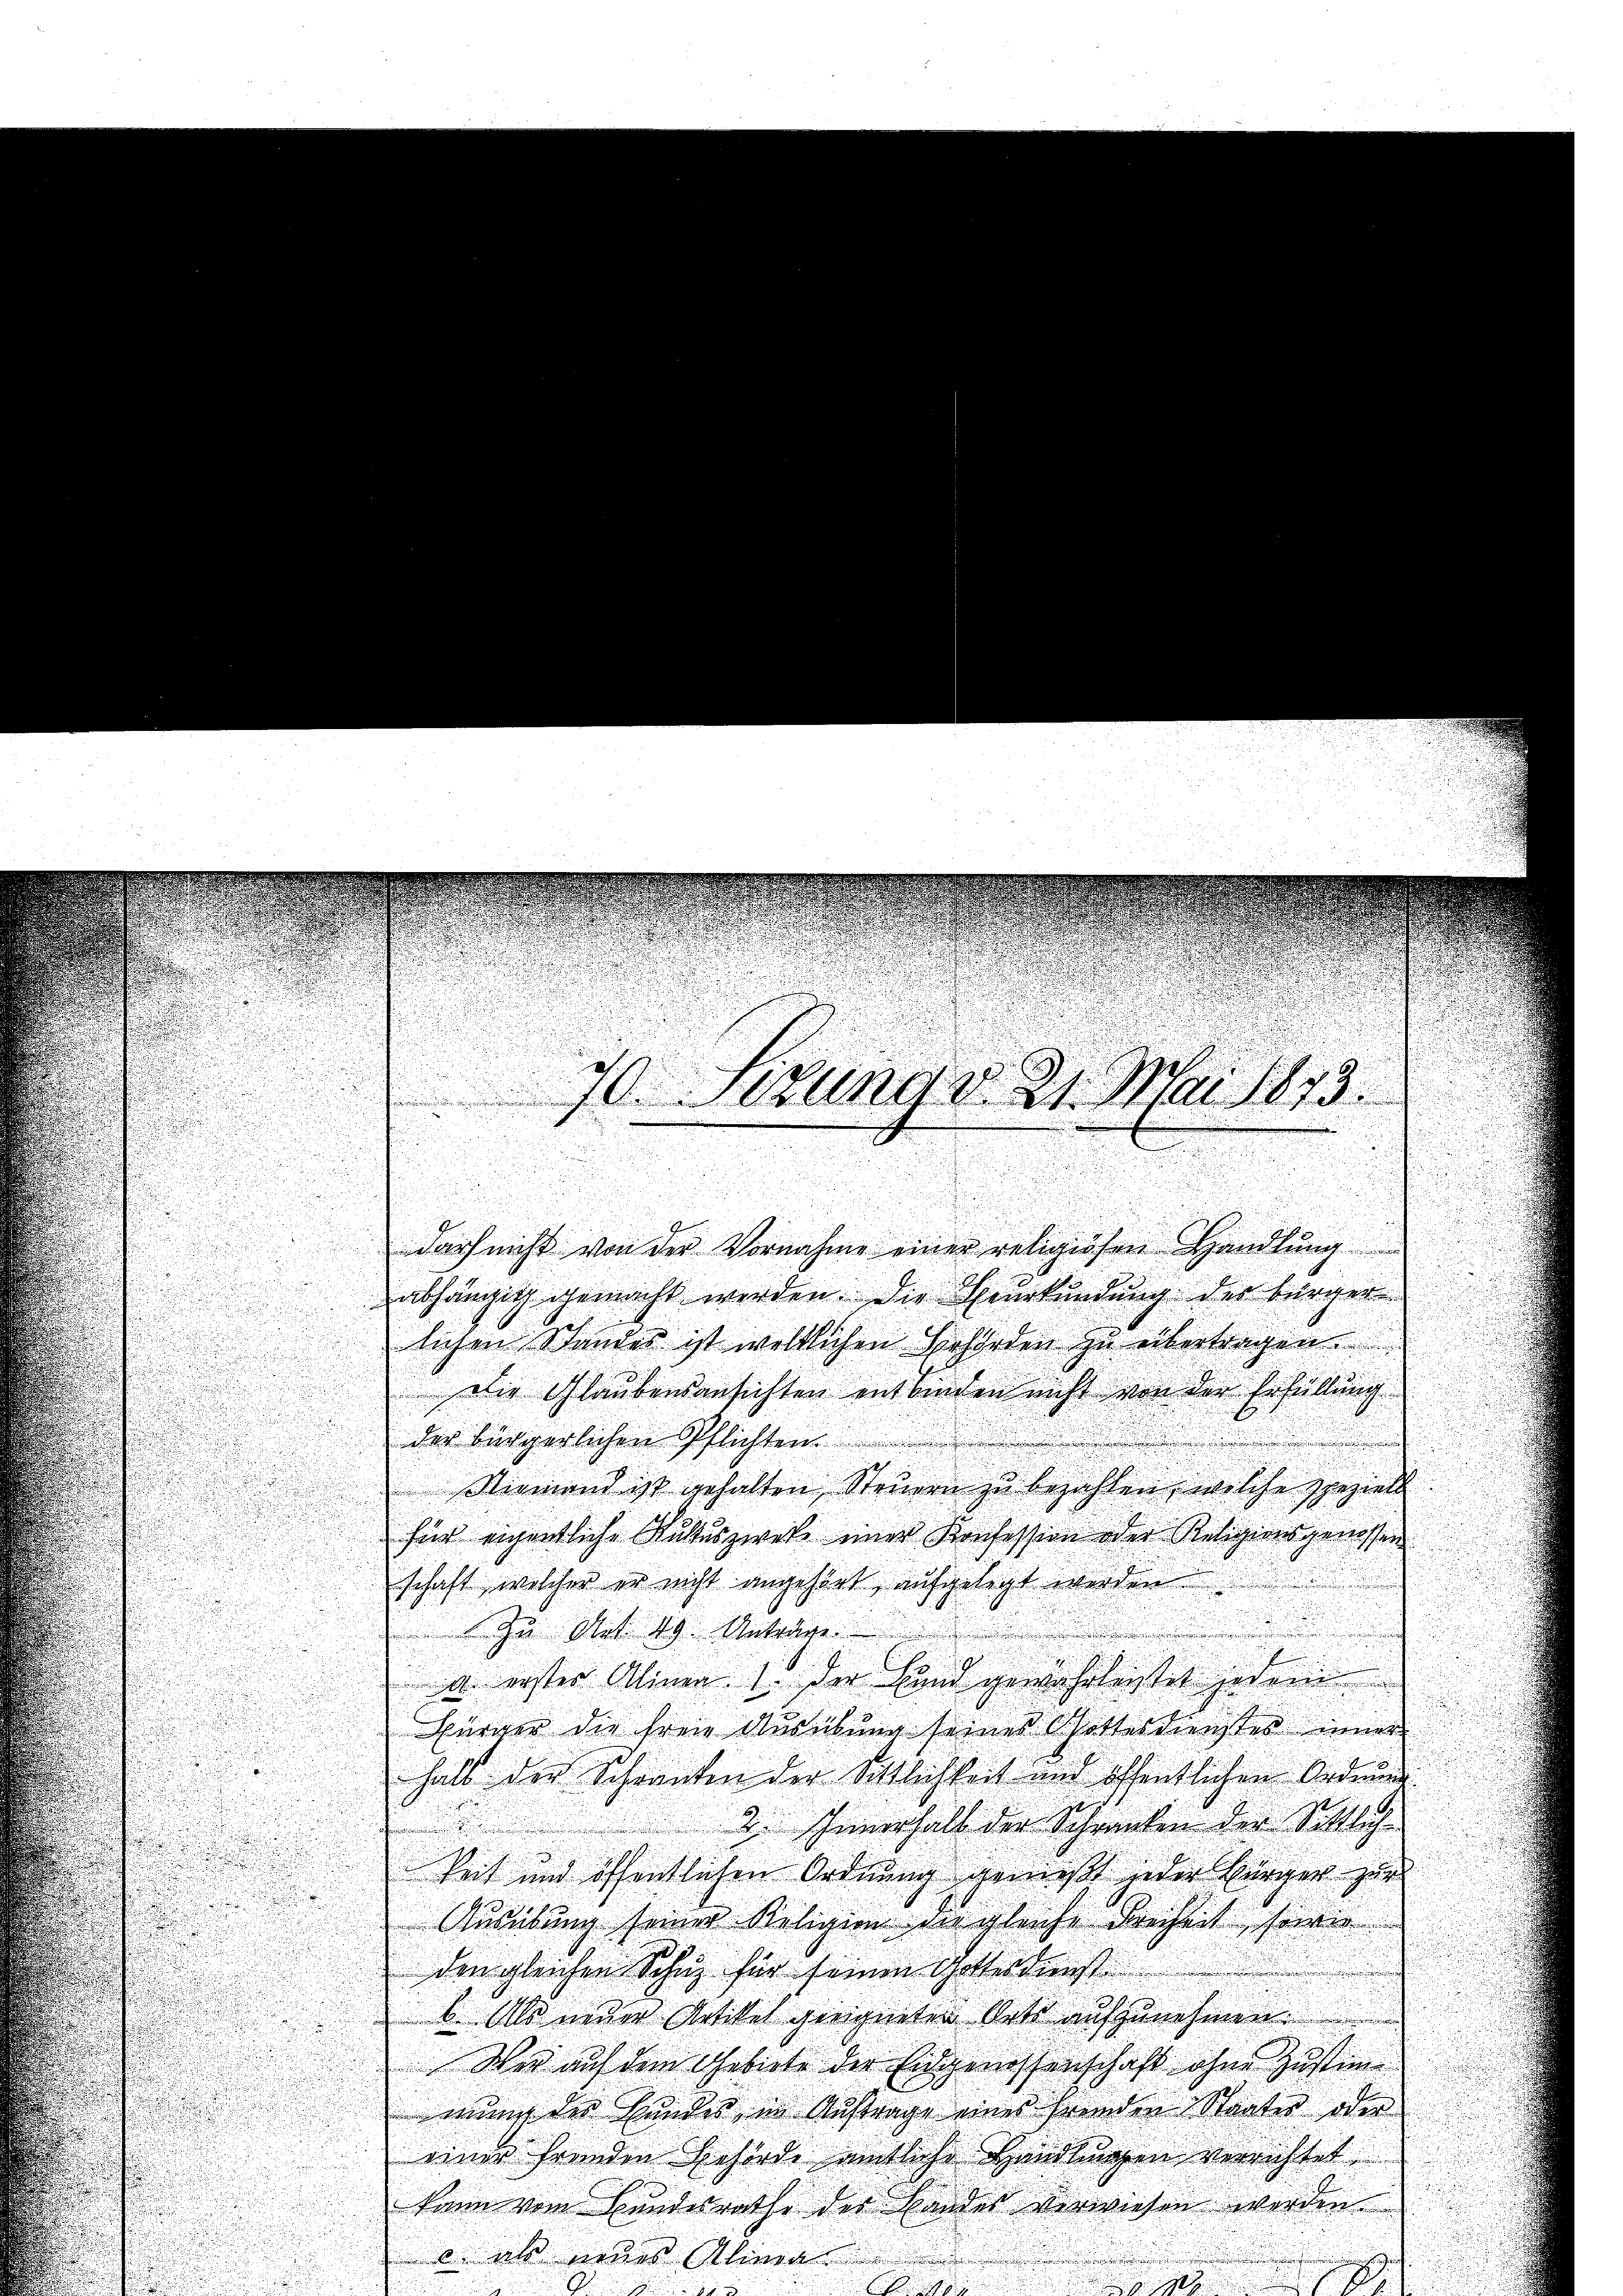
darf nicht von der Vornahme einer religiösen Handlŭng
abhängig gemacht werden. Die Heurkündung der bürger
lichen Standes ist weltlichen Behörden zu übertragen.
Die Glaubensansichten entwinden nicht von der Erfüllung
der bürgerlichen Pflichten.
Niemand ist gehalten Steuern zu bezahlen, welche speziell
für eigentliche Kultuszwei einer Konfession oder Religionsgenossen
schaft, welcher er nicht angehört aufgelegt werden.
Zu Mit 29. Anträge
u. erster Alinen 1. Der Hand gewährlichtet jedem
Bürger die freie Ausübung seines Gottesdienstes inner
halb der Schranken der Sittlichkeit und öffentlichen Ordnung
2. Innerhalb der Schranken der Sittlich-
keit und öffentlichen Ordnung genießt jeder Bürger zu
Ausübung seiner Religion der gleiche Freiheit seine
den gleichen Schuz für seinen Gotterdunst
b. Als neuer Artikel geeigneten Orte aufzunehmen.
Wer auf dem Gebiete der Eidgenossenschaft ohne Zustim
mung die Hunder in Auftrage eines fremden Staates oder
einer fremden Behörde amtliche Handlungen verrichtet
kann vom Bundesrathe der Bandes verwiesen werden.
c. als neues Alina

70. Sedung d. 21. Mai 1873.